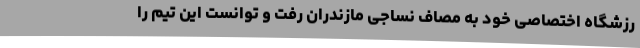
رزشگاه اختصاصی خود به مصاف نساجی مازندران رفت و توانست این تیم را